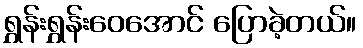
ရွှန်းရွှန်းဝေအောင် ပြောခဲ့တယ်။